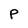
Character: P